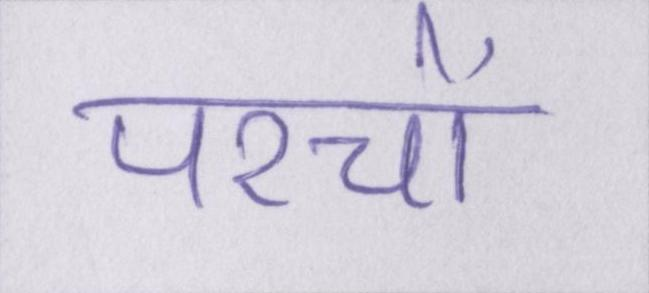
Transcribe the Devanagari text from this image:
परचों